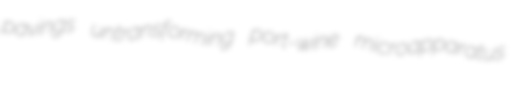
pavings untransforming port-wine microapparatus